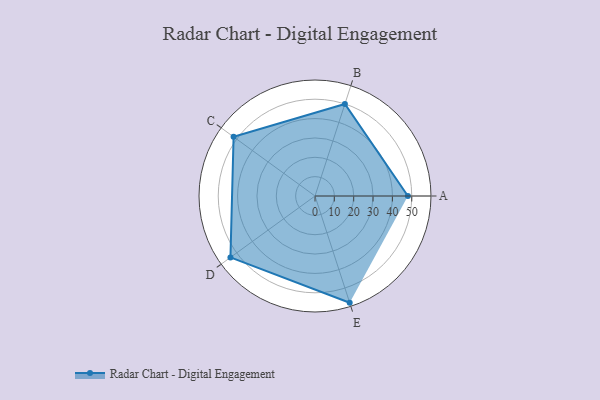
{"axis": {"x": "Skill", "y": "Score"}, "legend": ["Profile"], "data": [{"x": "A", "y": 48.0, "type": "Profile"}, {"x": "B", "y": 50.0, "type": "Profile"}, {"x": "C", "y": 52.0, "type": "Profile"}, {"x": "D", "y": 54.0, "type": "Profile"}, {"x": "E", "y": 58.0, "type": "Profile"}]}